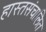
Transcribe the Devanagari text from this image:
हास्तसंचालित